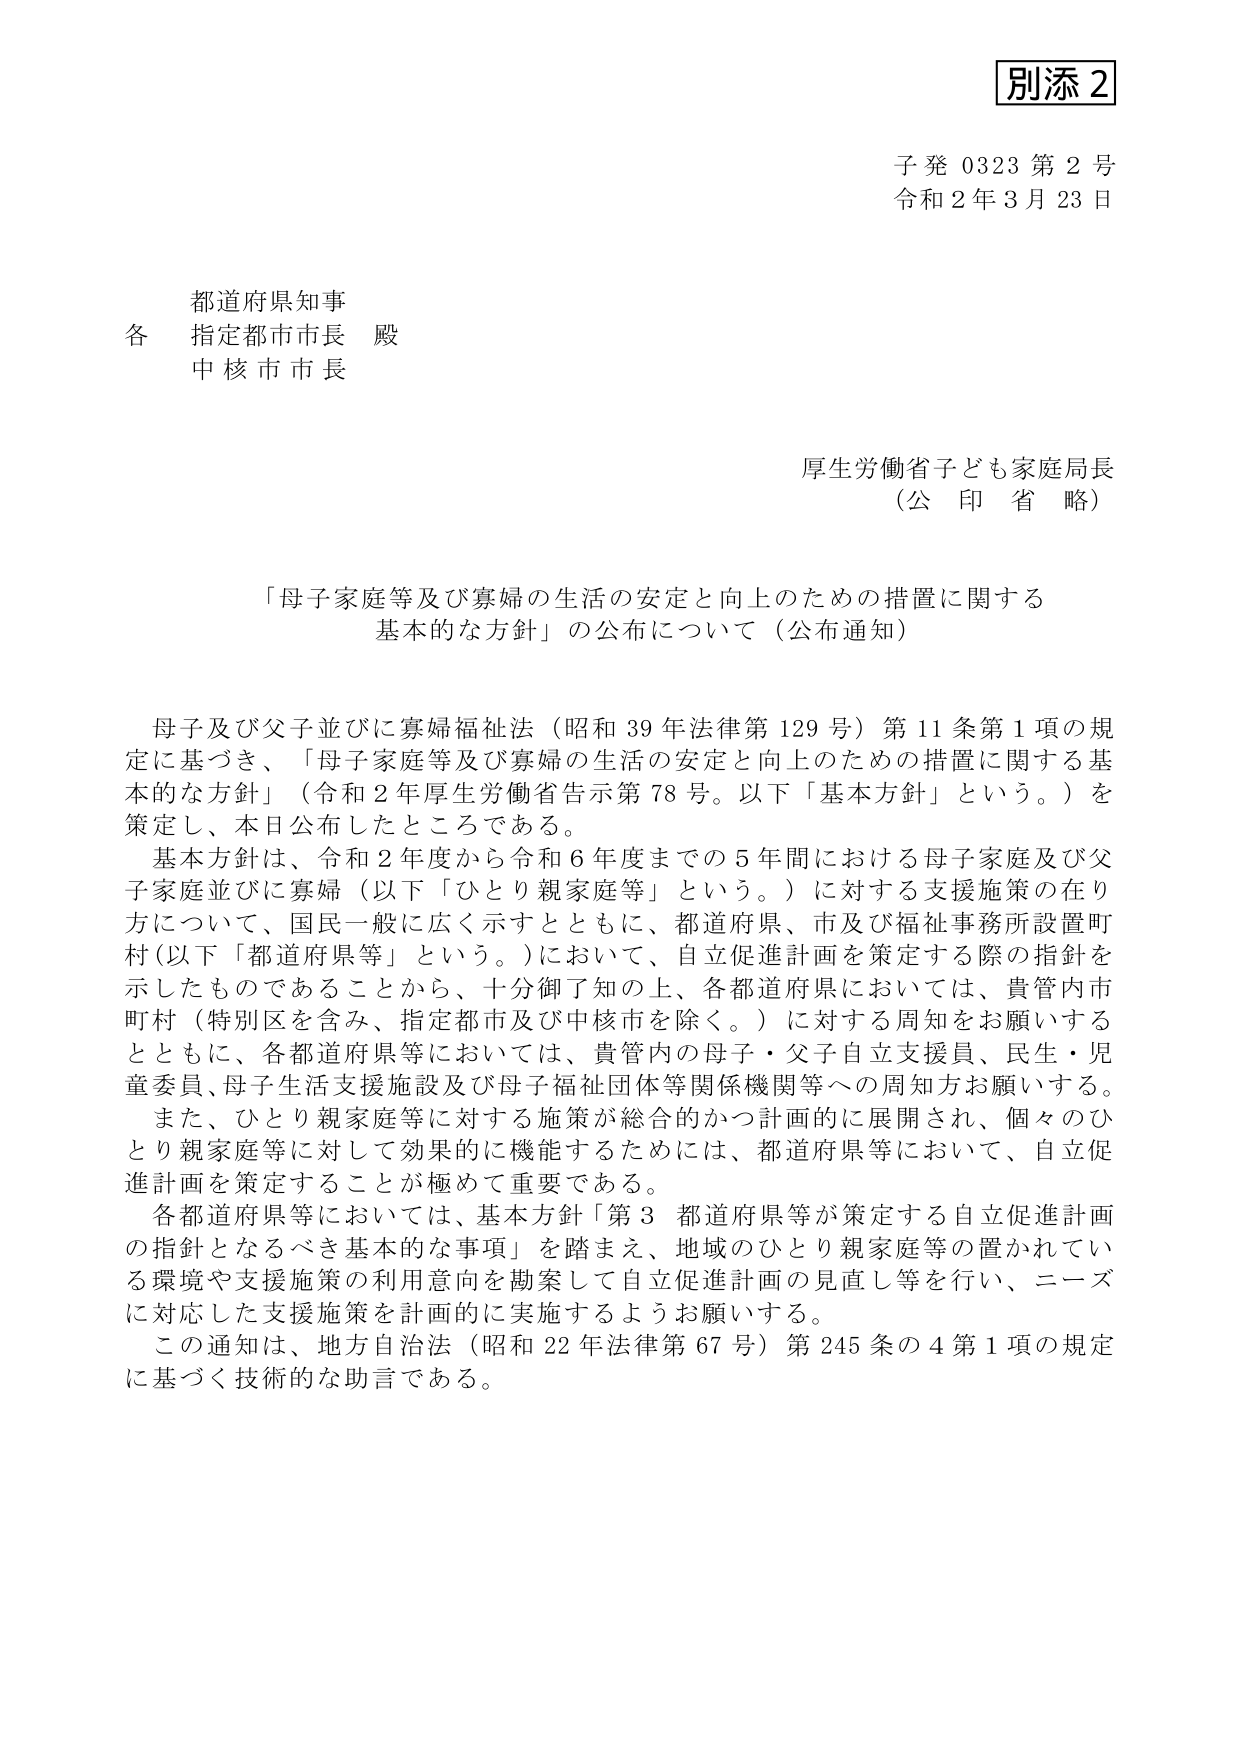
別添２

子発 0323 第２号
令和２年３月23日

都道府県知事
各 指定都市市長 殿
中核市市長

厚生労働省子ども家庭局長
（公 印 省 略）

「母子家庭等及び寡婦の生活の安定と向上のための措置に関する
基本的な方針」の公布について（公布通知）

母子及び父子並びに寡婦福祉法（昭和39年法律第129号）第11条第1項の規定に基づき、「母子家庭等及び寡婦の生活の安定と向上のための措置に関する基本的な方針」（令和2年厚生労働省告示第78号。以下「基本方針」という。）を策定し、本日公布したところである。

基本方針は、令和2年度から令和6年度までの5年間における母子家庭及び父子家庭並びに寡婦（以下「ひとり親家庭等」という。）に対する支援施策の在り方について、国民一般に広く示すとともに、都道府県、市及び福祉事務所設置町村（以下「都道府県等」という。）において、自立促進計画を策定する際の指針を示したものであることから、十分御了知の上、各都道府県においては、貴管内市町村（特別区を含み、指定都市及び中核市を除く。）に対する周知をお願いするとともに、各都道府県等においては、貴管内の母子・父子自立支援員、民生・児童委員、母子生活支援施設及び母子福祉団体等関係機関等への周知方お願いする。

また、ひとり親家庭等に対する施策が総合的かつ計画的に展開され、個々のひとり親家庭等に対して効果的に機能するためには、都道府県等において、自立促進計画を策定することが極めて重要である。

各都道府県等においては、基本方針「第3 都道府県等が策定する自立促進計画の指針となるべき基本的な事項」を踏まえ、地域のひとり親家庭等の置かれている環境や支援施策の利用意向を勘案して自立促進計画の見直し等を行い、ニーズに対応した支援施策を計画的に実施するようお願いする。

この通知は、地方自治法（昭和22年法律第67号）第245条の4第1項の規定に基づく技術的な助言である。